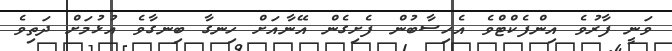
ވަނީ ފާރުވެ އިންފެކްޓްވެ އެހިސާބުން ފެށިގެން އޭނާއަށް ހިނގާ ބިނގާވެ އުޅުމަށް ދަތިވެ